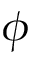
\phi